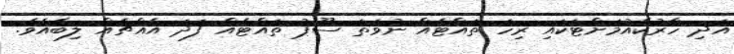
އަދި ހާރުކެއުމަށްޓަކައި ރިހަ ތައްޓެއް ނުވަތަ ސޫޕު ތައްޓެއް ފަދަ އެއްޗެއް ލިބެއެވެ.